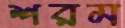
শরম